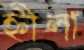
হ্নীলা